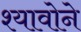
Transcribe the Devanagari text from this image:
श्यावोने